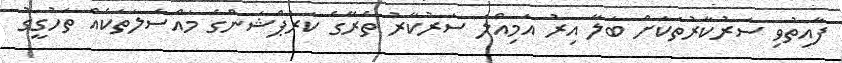
ފާއިތުވި ސަރުކާރުތަކަށް ބަލާ އިރު އަމިއްލަ ސަރުކާރު ތެރޭގެ ކަރަޕްޝަންގެ މައްސަލަތަކެއް ތަހުގީގު